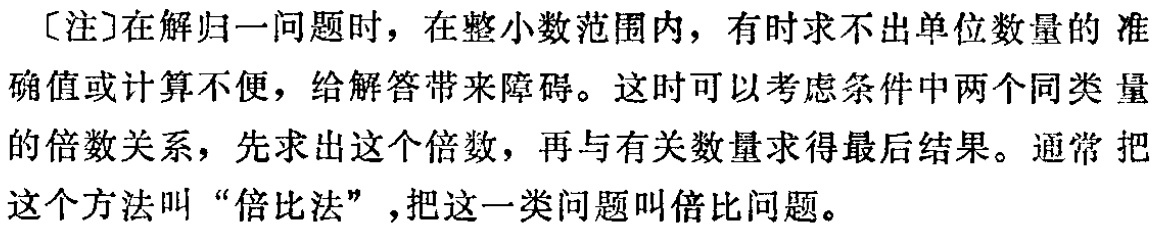
[注]在解归一问题时，在整小数范围内，有时求不出单位数量的准确值或计算不便，给解答带来障碍。这时可以考虑条件中两个同类量的倍数关系，先求出这个倍数，再与有关数量求得最后结果。通常把这个方法叫“倍比法”,把这一类问题叫倍比问题。